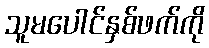
သူမပေါင်နှစ်ဖက်ကို